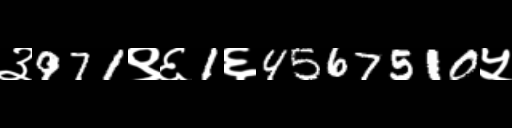
Text: ३971९६1६4567510५